On the importance of larval characters in the classification of mosquitoes - Number 25
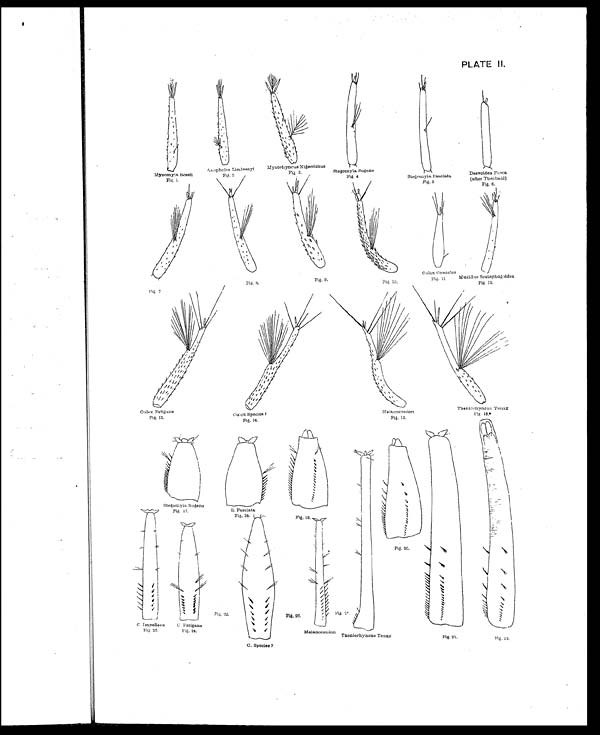
PLATE II.
Fig. 2.
Fig.1..
Fig 3.
Fig 4
Fig. 5
Fig. 6.
Fig. 8.
Fig. 11
Fig. 9.
Fig. 12.
Fig. 10.
Fig. 7.
Fig. 13.
Fig. 15.
Fig. 14.
Fir; 17.
Fig, 18.
Fig. 19.
Fig. 20.
Fig. 27.
Fig. 26.
Fig. 24.
Fig.23.
Fig.22.
Fig. 21.